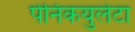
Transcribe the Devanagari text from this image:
पेनिकयुलेटा